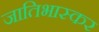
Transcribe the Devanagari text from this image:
जातिभास्कर